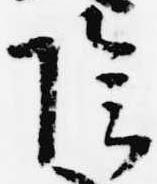
陰